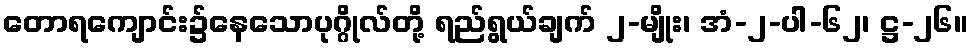
တောရကျောင်း၌နေသောပုဂ္ဂိုလ်တို့ ရည်ရွယ်ချက် ၂-မျိုး၊ အံ-၂-ပါ-၆၂၊ ဋ္ဌ-၂၆။